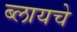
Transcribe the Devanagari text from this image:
ब्लायचे